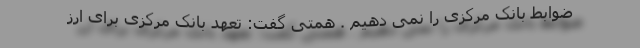
ضوابط بانک مرکزی را نمی دهیم . همتی گفت: تعهد بانک مرکزی برای ارز